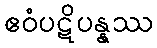
ဧဝံပဋိပန္နဿ